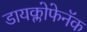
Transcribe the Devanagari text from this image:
डायक्लोफेनॅक